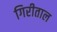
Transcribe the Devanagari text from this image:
गिरीताल